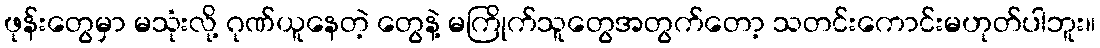
ဖုန်းတွေမှာ မသုံးလို့ ဂုဏ်ယူနေတဲ့ တွေနဲ့ မကြိုက်သူတွေအတွက်တော့ သတင်းကောင်းမဟုတ်ပါဘူး။